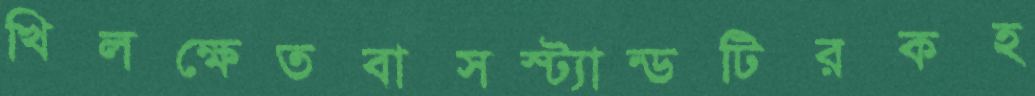
খিলক্ষেতবাসস্ট্যান্ডটিরকহ